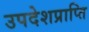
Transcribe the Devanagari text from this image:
उपदेशप्राप्ति